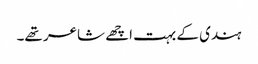
ہندی کے بہت اچھے شاعر تھے۔